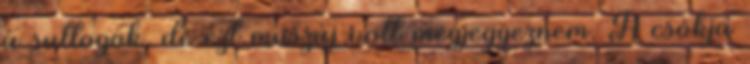
a suttogok, de ezt muszáj volt megjegyeznem. A csókja